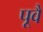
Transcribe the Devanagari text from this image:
पूवै